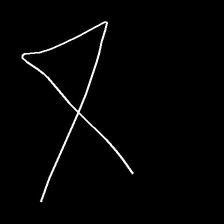
Glyph: collection